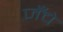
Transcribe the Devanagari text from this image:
जँचे